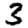
Digit: 3